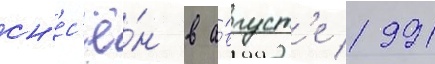
сн'ес'ё́н в а́вгуст'е 1991